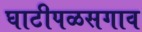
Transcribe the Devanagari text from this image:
घाटीपळसगाव